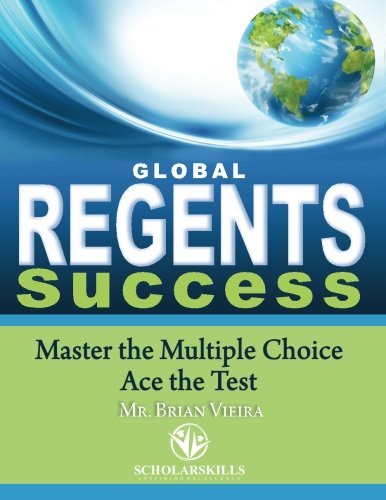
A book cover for Global Regents Success: Master the Multiple Choice to Ace the Test; Mr. Brian C Vieira; Test Preparation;